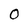
Character: 0